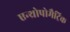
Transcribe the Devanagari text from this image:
एन्थ्रोपोमैट्रिक